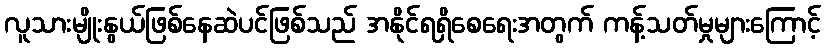
လူသားမျိုးနွယ်ဖြစ်နေဆဲပင်ဖြစ်သည် အနိုင်ရရှိစေရေးအတွက် ကန့်သတ်မှုများကြောင့်